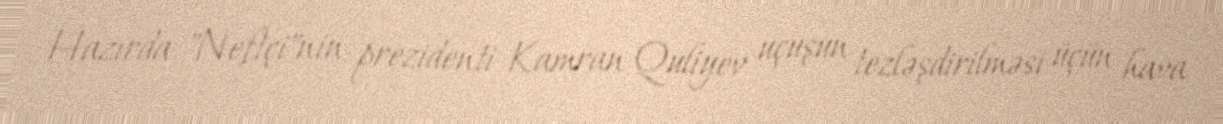
Hazırda "Neftçi"nin prezidenti Kamran Quliyev uçuşun tezləşdirilməsi üçün hava